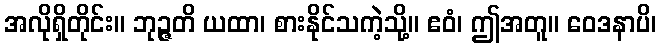
အလိုရှိတိုင်း။ ဘုဉ္ဇတိ ယထာ၊ စားနိုင်သကဲ့သို့။ ဧဝံ၊ ဤအတူ။ ဝေဒနာပိ၊